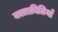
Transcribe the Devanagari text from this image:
क्लाक्रीतियाँ